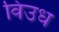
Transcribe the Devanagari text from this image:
विउध